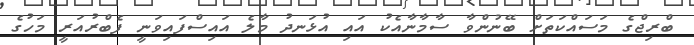
ބްރިޖްގެ މަސައްކަތަށް ބޭނުންވާ ސާމާނާއެކު އައި އުޅަނދު މާލެ އައިސްފައިވަނީ ފެބްރުއަރީ މަހުގެ